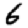
Digit: 6